Annual report on the Civil Veterinary Department, Burma (including the Insein Veterinary School) - 1932-1941
Year: 1932
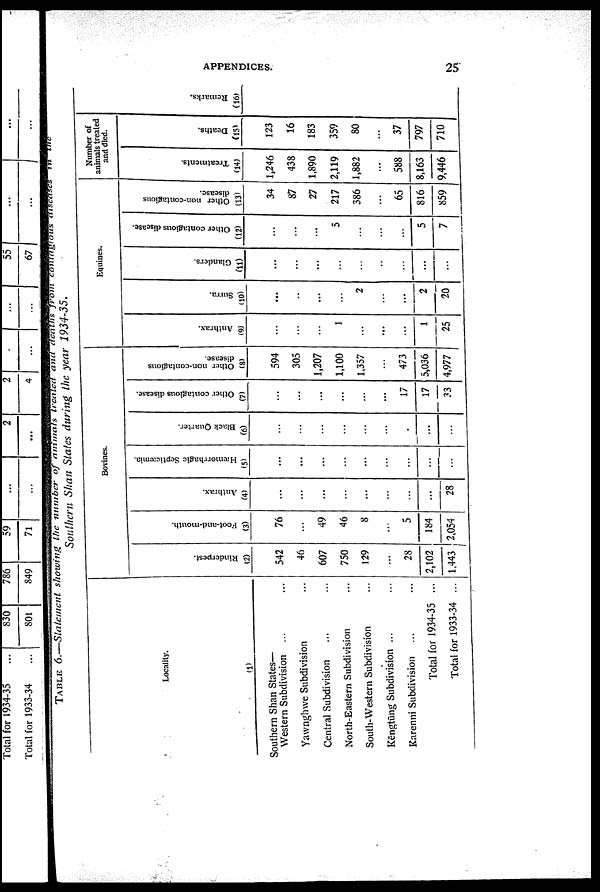
APPENDICES.
25
TABLE 6.—Statement
showing the number of animals treated and deaths from contagious diseases in the
Southern Shan States during the year 1934-35.
Locality.
(1)
Southern Shan States—
Western Subdivision ... ...
Yawnghwe Subdivision ...
Central Subdivision ... ...
North-Eastern Subdivision ...
South-Western Subdivision ...
Kēngtūng Subdivision ... ...
Karenni Subdivision ... ...
Total for 1934-35 ...
Total for 1933-34 ...
Bovines.
Rinderpest.
(2)
542
46
607
750
129
...
28
2,102
1,443
Foot-and-mouth.
(3)
76
...
49
46
8
...
5
184
2,054
Anthrax.
(4)
...
...
...
...
...
...
...
...
28
Hæmorrhagic Septicæmia.
(5)
...
...
...
...
...
...
...
...
...
Black Quarter.
(6)
...
...
...
...
...
...
...
...
...
Other contagious disease.
(7)
...
...
...
...
...
...
17
17
33
Other non-contagious
disease.
(8)
594
305
1,207
1,100
1,357
...
473
5,036
4,977
Equines.
Anthrax.
(9)
...
...
...
1
...
...
...
1
25
Surra.
(10)
...
...
...
...
2
...
...
2
20
Glanders.
(11)
...
...
...
...
...
...
...
...
...
Other contagious disease.
(12)
...
...
...
5
...
...
...
5
7
Other non-contagious
disease.
(13)
34
87
27
217
386
...
65
816
859
Number of
animals treated
and died.
Treatments.
(14)
1,246
438
1,890
2,119
1,882
...
588
8,163
9,446
Deaths.
(15)
123
16
183
359
80
...
37
797
710
Remarks.
(16)